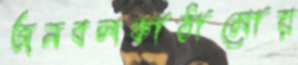
জনবলকাঠামোয়